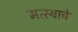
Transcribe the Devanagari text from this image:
मत्स्याचे